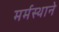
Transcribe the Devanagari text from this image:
मर्मस्थाने